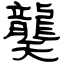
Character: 龑